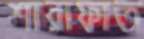
শারাফাত